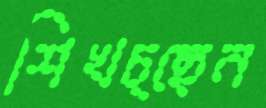
শিখচ্ছেন